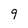
Character: 9